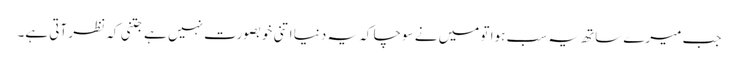
جب میرے ساتھ یہ سب ہوا تو میں نے سوچا کہ یہ دنیا اتنی خوبصورت نہیں ہے جتنی کہ نظر آتی ہے۔